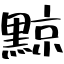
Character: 黥